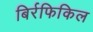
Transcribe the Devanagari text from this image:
बिर्रफिकिल